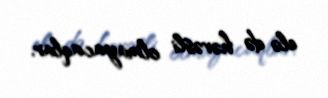
elə də həvəsli olmayacaqlar.